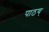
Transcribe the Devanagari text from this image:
पाठय्